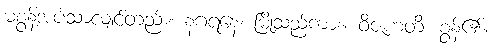
မစွန့်အပ်သာလျှင်တည်း။ နဂရနေ၊ မြို့သည်ကား။ ဝိဇဟတိ၊ စွန့်၏။